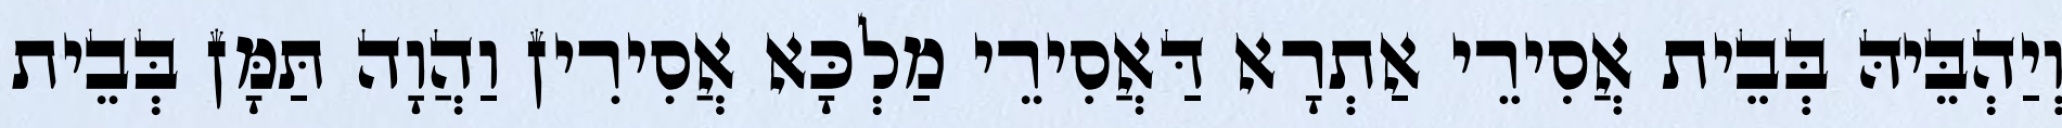
וְיַהְבֵּיהּ בְּבֵית אֲסִירֵי אַתְרָא דַּאֲסִירֵי מַלְכָּא אֲסִירִין וַהֲוָה תַּמָּן בְּבֵית